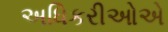
અધિકરીઓએ